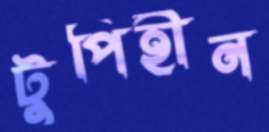
টুপিহীন